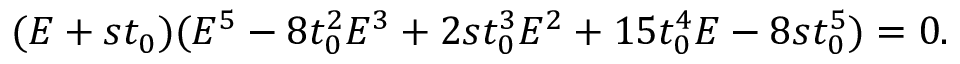
\begin{array} { r } { ( E + s t _ { 0 } ) ( E ^ { 5 } - 8 t _ { 0 } ^ { 2 } E ^ { 3 } + 2 s t _ { 0 } ^ { 3 } E ^ { 2 } + 1 5 t _ { 0 } ^ { 4 } E - 8 s t _ { 0 } ^ { 5 } ) = 0 . } \end{array}